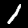
Label: 1